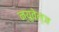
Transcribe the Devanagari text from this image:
न्युवेल्ज